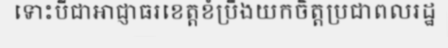
ទោះបីជាអាជ្ញាធរខេត្តខំប្រឹងយកចិត្តប្រជាពលរដ្ឋ